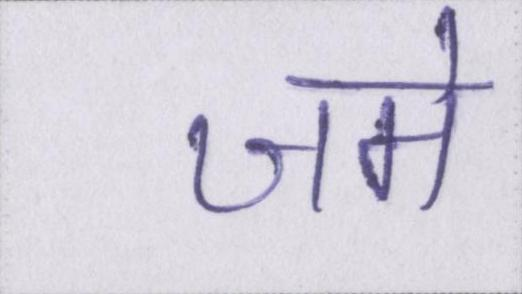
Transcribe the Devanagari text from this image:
जमे